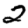
Digit: 2